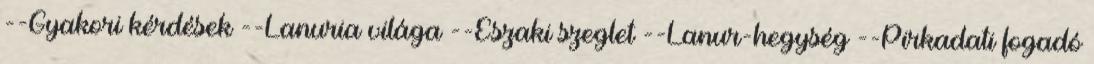
--Gyakori kérdések --Lanuria világa --Északi szeglet --Lanur-hegység --Pirkadati fogadó